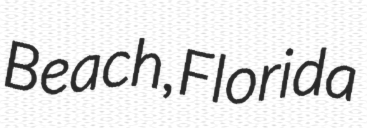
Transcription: Beach, Florida